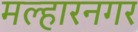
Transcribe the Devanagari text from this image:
मल्हारनगर